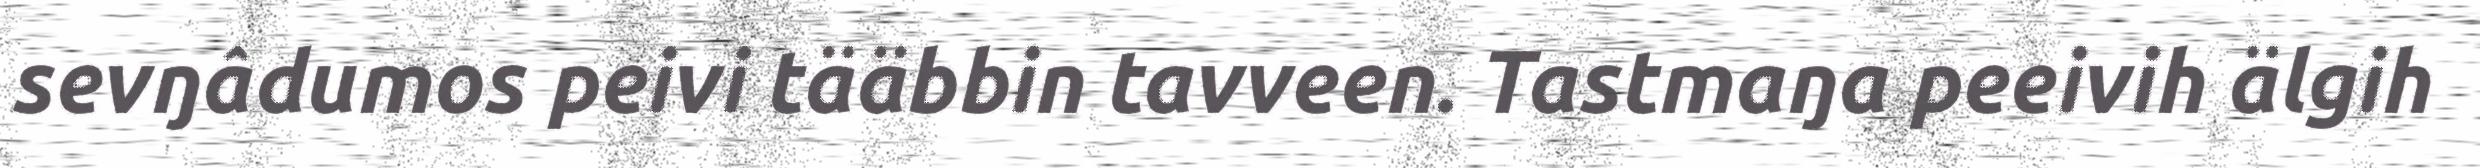
sevŋâdumos peivi tääbbin tavveen. Tastmaŋa peeivih älgih